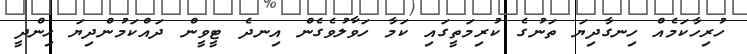
ހުރިހާކަމެއް ހިނގާދިޔަ ތަނުގެ ކުރިމަތީގައި ކަމާ ހަވާލުވެގެން އިނދެ ޓީވީން ދައްކަމުންދިޔަ ހިންދީ